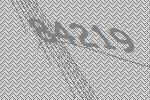
84219